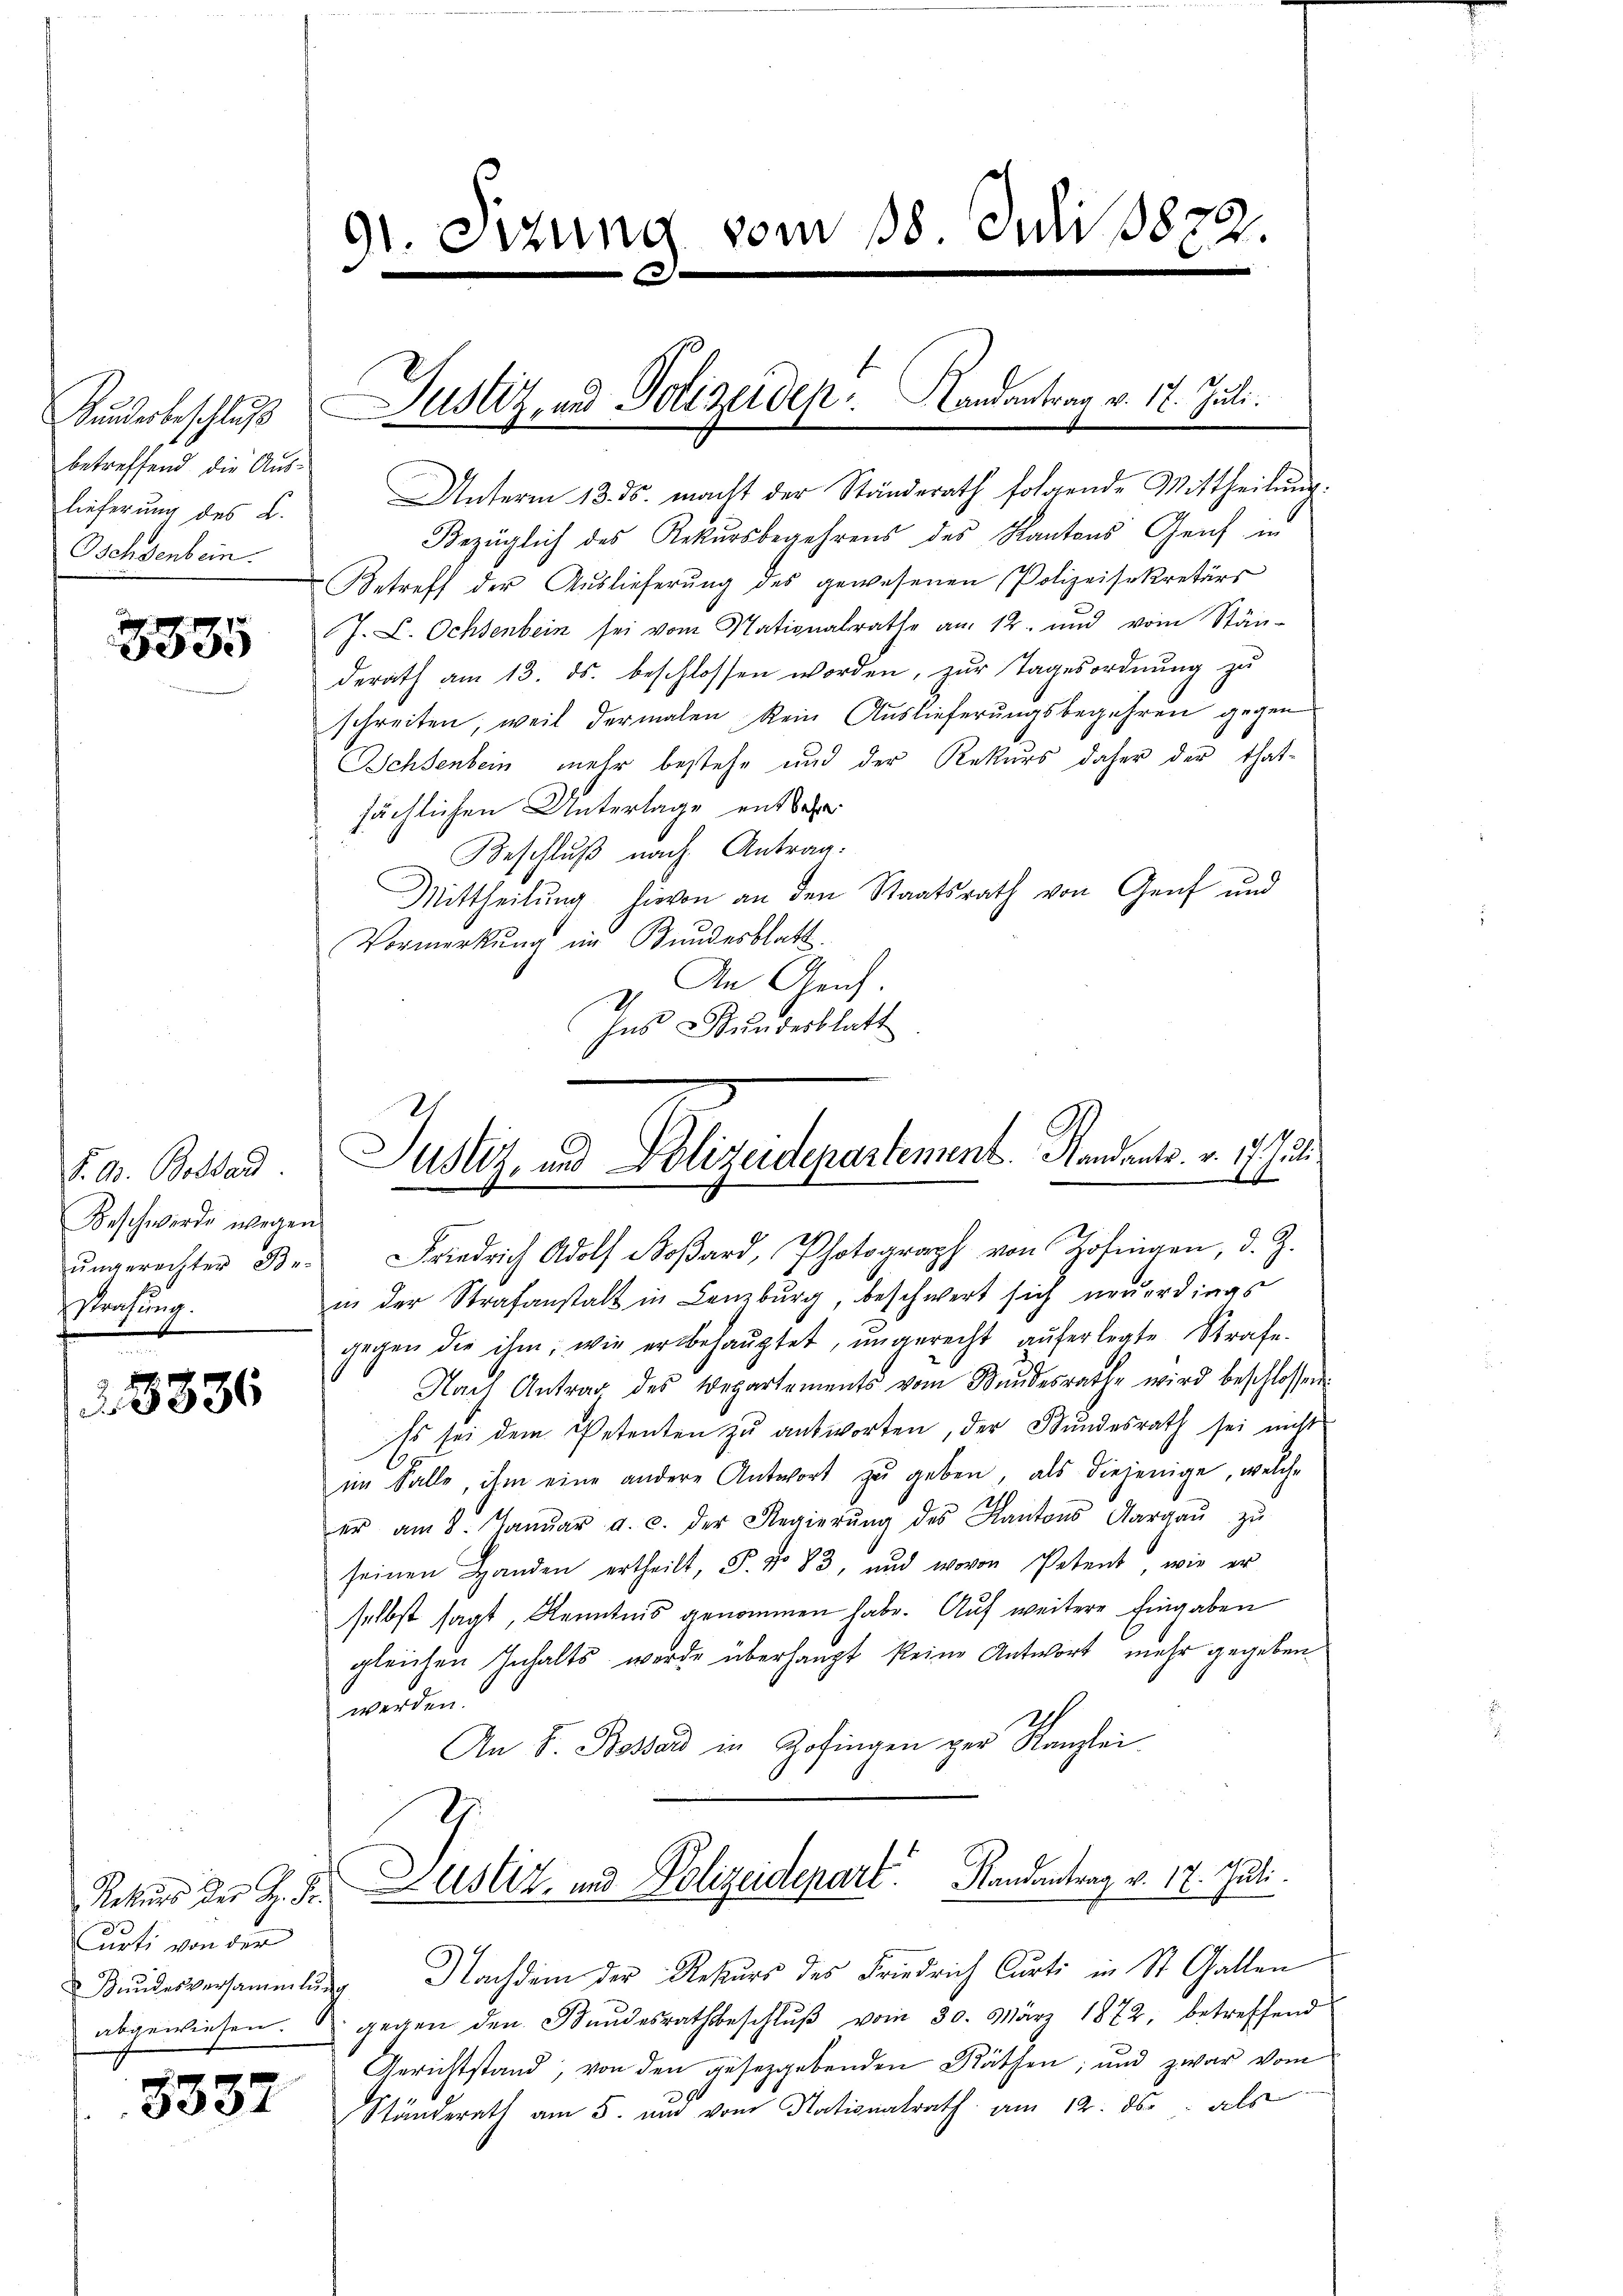
3335

P. G. Bossard
Beschwerde wegen
ungerechter Be-
ächung.

8836

.
urti von der
abgewiesen.

8337

betreffend die Auslieferung des L.
Oschdenbein.

91. Sizung vom 18. Juli 1872.

Unterm 13. ds. macht der Standerath folgende Mittheilung.
Bezüglich des Rekursbegehrens des Kantons Genf in
Betreff der Auslieferŭng des gewesenen Polizeisekretärs
J. L. Ochsenbein sei vom Nationalrathe am 12. und vom Stän-
derath am 13. ds. beschlossen worden, zur Tagesordnung zu
schreiten, weil dermalen kein Auslieferungsbegehren gegen
Schsenbein mehr bestehe und der Rekurs daher der that-
sächlichen Unterlage entbehr¬
Beschluß nach Antrag.
Mittheilung hievon an den Staatsrath von Genf und
Vormerkung im Bundesblatt
v. An Genf.
Ins Bundesblatt
Friedrich Adolf Boβard, Photograph von Zofingen, d. J.
in der Strafanstalt in Lenzburg, beschwert sich neuerdings
gegen die ihm, wie er behaŭptet, ŭngerecht aŭferlegte Strafe.
Nach Antrag des Departements vom Bundesrathe wird beschlossen.
Es sei dem Petenten zu antworten, der Stundesrath sei nicht
im Falle, ihm eine andere Antwort zŭ geben, als diejenige, welche
er am 8. Janŭar a. c. der Regierŭng des Kantons Aargaŭ zŭ
seinen Handen ertheilt, S. No 83, und wovon Petent, wie er
selbst sagt, Kenntnis genommen habe. Auf weitere Eingaben
gleichen Inhalts werde überhaupt keine Antwort mehr gegeben
werden.
An F. Bossard in Zofingen ger Kanzlei
Rekurs der J. J. Dustiz- und Polizeidepart. Handentrag v. 12. Juli.
Bundesversammlung Nachdem der Rekurs des Friedrich Curti in St. Gallen
gegen den Standesrathsbeschlŭβ vom 30. März 1872, betreffend
Gerichtstand, von den gesetzgebenden Räthen; und zwar vom
Ständerath am 5. und vom Nationalrath am 12. ds. als

Kunderbeschlŭβ Justiz, und Polizeidep. Randantrag v. 17. Juli.

Justiz- und Polizeidepartement. Mandants. v. 17. Juli
ste |